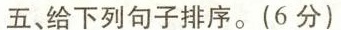
五、给下列句子排序。(6分)